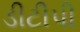
ડીટીપી